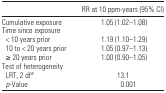
<table><thead><tr><td></td><td><b>RR at 10 ppm-years (95% CI)</b></td></tr></thead><tbody><tr><td>Cumulative exposure</td><td>1.05 (1.02–1.08)</td></tr><tr><td colspan="2">Time since exposure</td></tr><tr><td> &lt; 10 years prior</td><td>1.19 (1.10–1.29)</td></tr><tr><td> 10 to &lt; 20 years prior</td><td>1.05 (0.97–1.13)</td></tr><tr><td> ≥ 20 years prior</td><td>1.00 (0.90–1.05)</td></tr><tr><td colspan="2">Test of heterogeneity</td></tr><tr><td> LRT, 2 dfa</td><td>13.1</td></tr><tr><td> <i>p</i>-Value</td><td>0.001</td></tr></tbody></table>